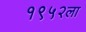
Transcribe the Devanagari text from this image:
१९५२ला